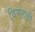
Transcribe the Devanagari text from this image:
विमलची